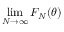
\operatorname* { l i m } _ { N \to \infty } F _ { N } ( { \boldsymbol \theta } )